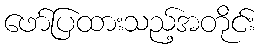
ဖော်ပြထားသည့်အတိုင်း